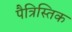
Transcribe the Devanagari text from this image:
पैत्रिस्तिक